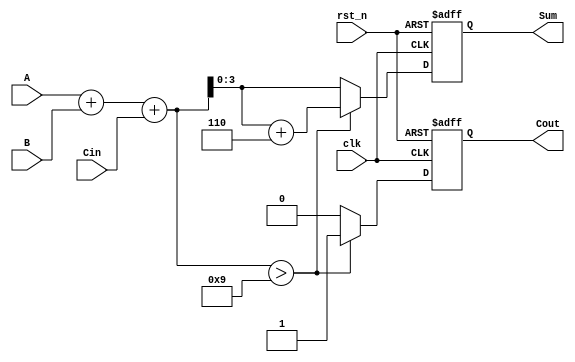
module BCD_Sequential_Adder (
    input wire clk,           // Clock signal
    input wire rst_n,        // Active low reset signal
    input wire [3:0] A,      // First BCD digit
    input wire [3:0] B,      // Second BCD digit
    input wire Cin,          // Carry-in
    output reg [3:0] Sum,    // BCD sum output
    output reg Cout          // Carry-out
);

    reg [4:0] TempSum;        // Intermediate 5-bit sum

    always @(posedge clk or negedge rst_n) begin
        if (!rst_n) begin
            Sum <= 4'b0000;      // Reset Sum to 0
            Cout <= 1'b0;       // Reset Cout to 0
        end else begin
            // Binary addition
            TempSum = A + B + Cin;

            // Check if correction is needed
            if (TempSum > 5'b01001) begin // 9 in binary
                TempSum = TempSum + 5'b00110; // Add 6 to correct
                Cout = 1'b1; // Set Cout to 1 for overflow
            end else begin
                Cout = 1'b0; // No overflow
            end
            
            // Assign the corrected value to Sum (only the lower 4 bits)
            Sum <= TempSum[3:0];
        end
    end
endmodule